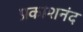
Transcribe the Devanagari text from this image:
प्रकाशनंद